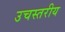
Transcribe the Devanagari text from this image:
उचस्तरीय